Annual administration report of the Civil Veterinary Department, Ajmere-Merwara, British Rajputana - 1914-1940
Year: 1914
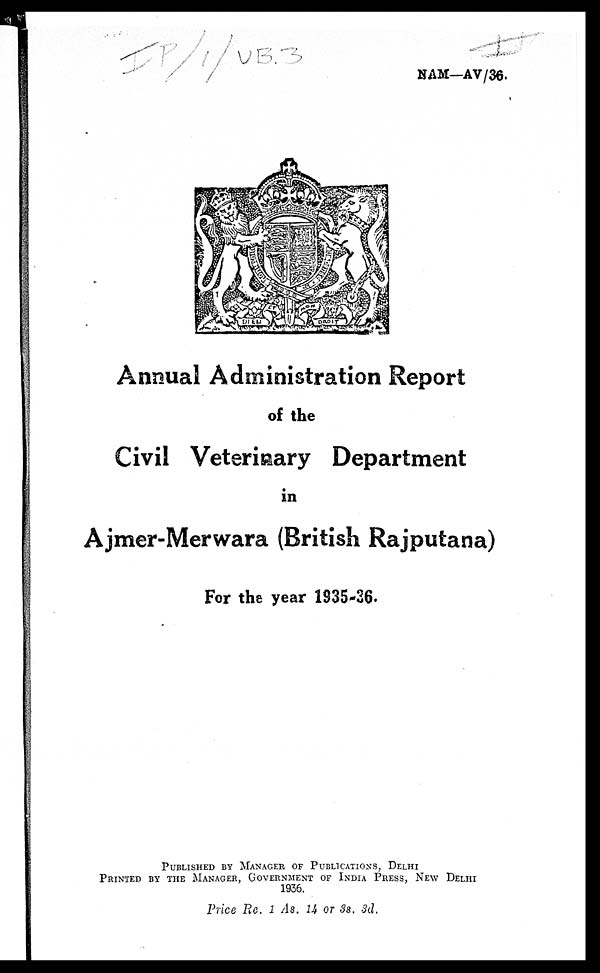
NAM—AV/36.
Annual Administration Report
of the
Civil Veterinary Department
in
Ajmer-Merwara (British Rajputana)
For the year 1935-36.
PUBLISHED BY MANAGER OF PUBLICATIONS, DELHI
PRINTED BY THE MANAGER, GOVERNMENT OF INDIA PRESS, NEW DELHI
1936.
Price Re. 1 As. 14 or 3s. 3d.